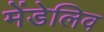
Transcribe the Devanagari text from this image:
मेंडेलिव